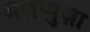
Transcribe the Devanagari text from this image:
अलप्पुज़ा